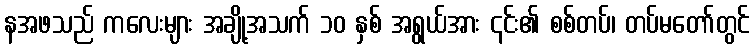
နအဖသည် ကလေးများ အချို့အသက် ၁၀ နှစ် အရွယ်အား ၎င်း၏ စစ်တပ်၊ တပ်မတော်တွင်